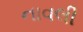
નાવલી